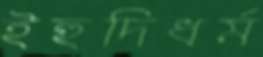
ইহুদিধর্ম